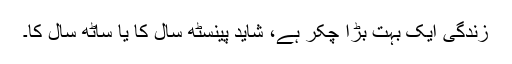
زندگی ایک بہت بڑا چکّر ہے، شاید پینسٹھ سال کا یا ساٹھ سال کا۔